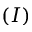
( I )